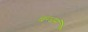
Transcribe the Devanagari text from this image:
बन्धनं